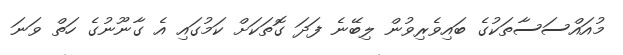
މުއައްސަސާތަކުގެ ބައިވެރިވުން ލިބޭނެ ފަދަ ގޮތަކަށް ކަމުގައި އެ ގާނޫނުގެ ހަތް ވަނަ